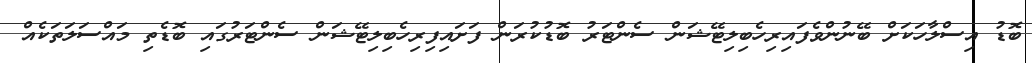
ބޮޑު އިސްލާހަކަށް ބޭނުންވެފައިރިހެބިލިޓޭޝަން ސެންޓަރު ބޮޑުކުރަން ފަށައިފިރިހެބިލިޓޭޝަން ސެންޓަރުގައި ބޮޑެތި މައްސަލަތަކެއް